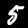
Label: 5